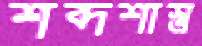
শব্দশাস্ত্র